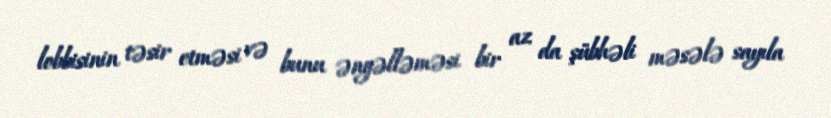
lobbisinin təsir etməsi və bunu əngəlləməsi bir az da şübhəli məsələ sayıla